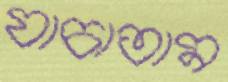
যাচাতাম